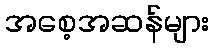
အစေ့အဆန်များ